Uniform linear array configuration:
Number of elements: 24
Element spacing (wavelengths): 0.75
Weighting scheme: cosine
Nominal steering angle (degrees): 45
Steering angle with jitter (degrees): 43.802
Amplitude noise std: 0.05
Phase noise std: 0.05

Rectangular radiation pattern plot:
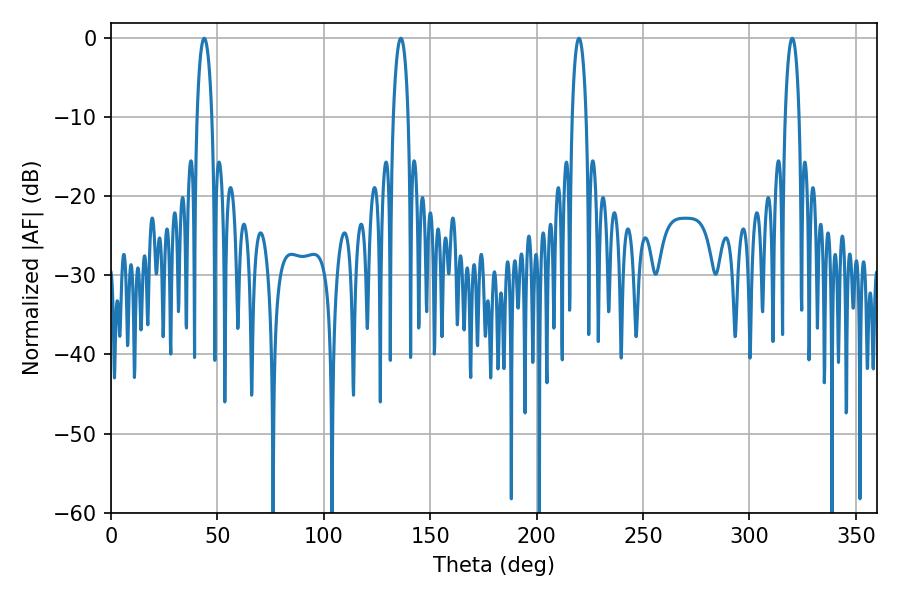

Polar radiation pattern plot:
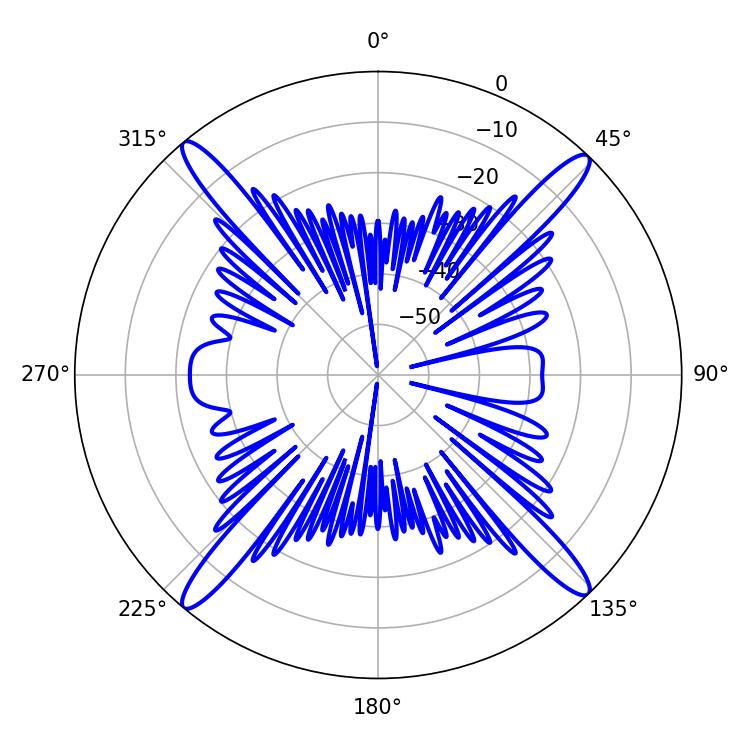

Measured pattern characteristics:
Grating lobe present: TRUE
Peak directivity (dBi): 22.08
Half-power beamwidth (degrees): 3.78
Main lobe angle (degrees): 43.74